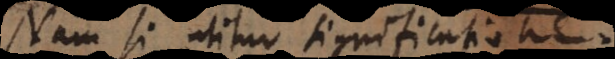
Nam si utitur significatione